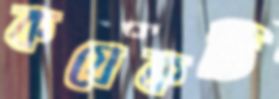
কযেকটি